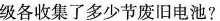
级各收集了多少节废旧电池?